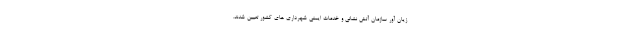
زیان آور سازمان آتش نشانی و خدمات ایمنی شهرداری های کشور تعیین شدند.